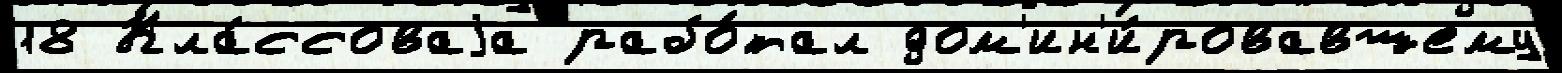
18 Кла́ссоваjа рабо́тал дом'ин'и́ровавшему